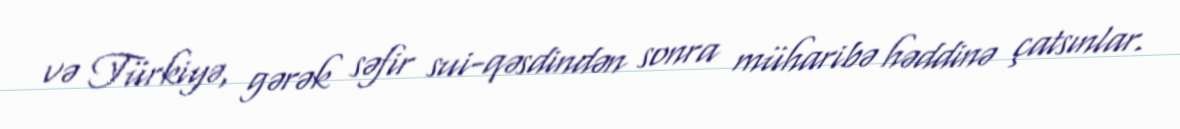
və Türkiyə, gərək səfir sui-qəsdindən sonra müharibə həddinə çatsınlar.